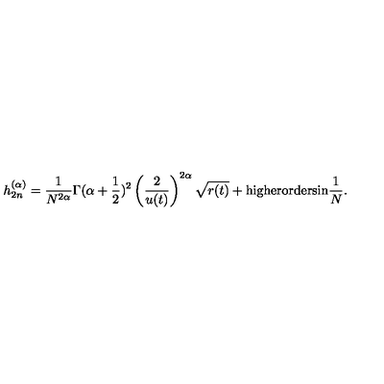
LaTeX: { h } _ { 2 n } ^ { ( \alpha ) } = \frac { 1 } { N ^ { 2 \alpha } } { \Gamma ( \alpha + \frac 1 2 ) ^ { 2 } } \left( \frac { 2 } { u ( t ) } \right) ^ { 2 \alpha } \sqrt { r ( t ) } + \mathrm { h i g h e r o r d e r s i n } \frac 1 N .